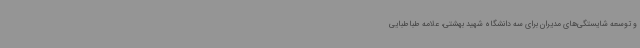
و توسعه شایستگی‌های مدیران برای سه دانشگاه شهید بهشتی، علامه طباطبایی